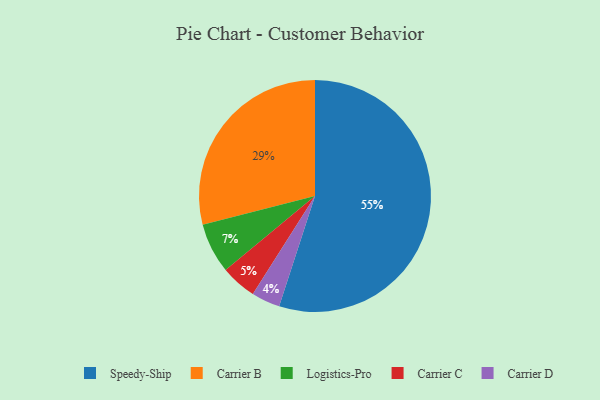
{"axis": {"x": "Category", "y": "Percentage"}, "legend": ["Carrier B", "Carrier C", "Carrier D", "Logistics-Pro", "Speedy-Ship"], "data": [{"x": "Carrier D", "y": 4, "type": "Carrier D"}, {"x": "Carrier C", "y": 5, "type": "Carrier C"}, {"x": "Logistics-Pro", "y": 7, "type": "Logistics-Pro"}, {"x": "Carrier B", "y": 29, "type": "Carrier B"}, {"x": "Speedy-Ship", "y": 55, "type": "Speedy-Ship"}]}